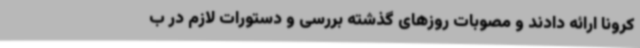
کرونا ارائه دادند و مصوبات روزهای گذشته بررسی و دستورات لازم در ب